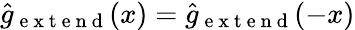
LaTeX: \widehat{g}_{\mathrm{~e~x~t~e~n~d~}}(x)=\widehat{g}_{\mathrm{~e~x~t~e~n~d~}}(-x)